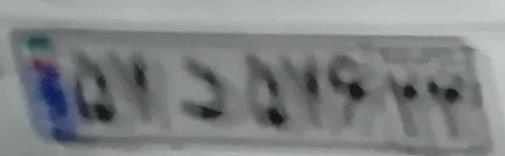
۵۷د۵۷۶۲۲